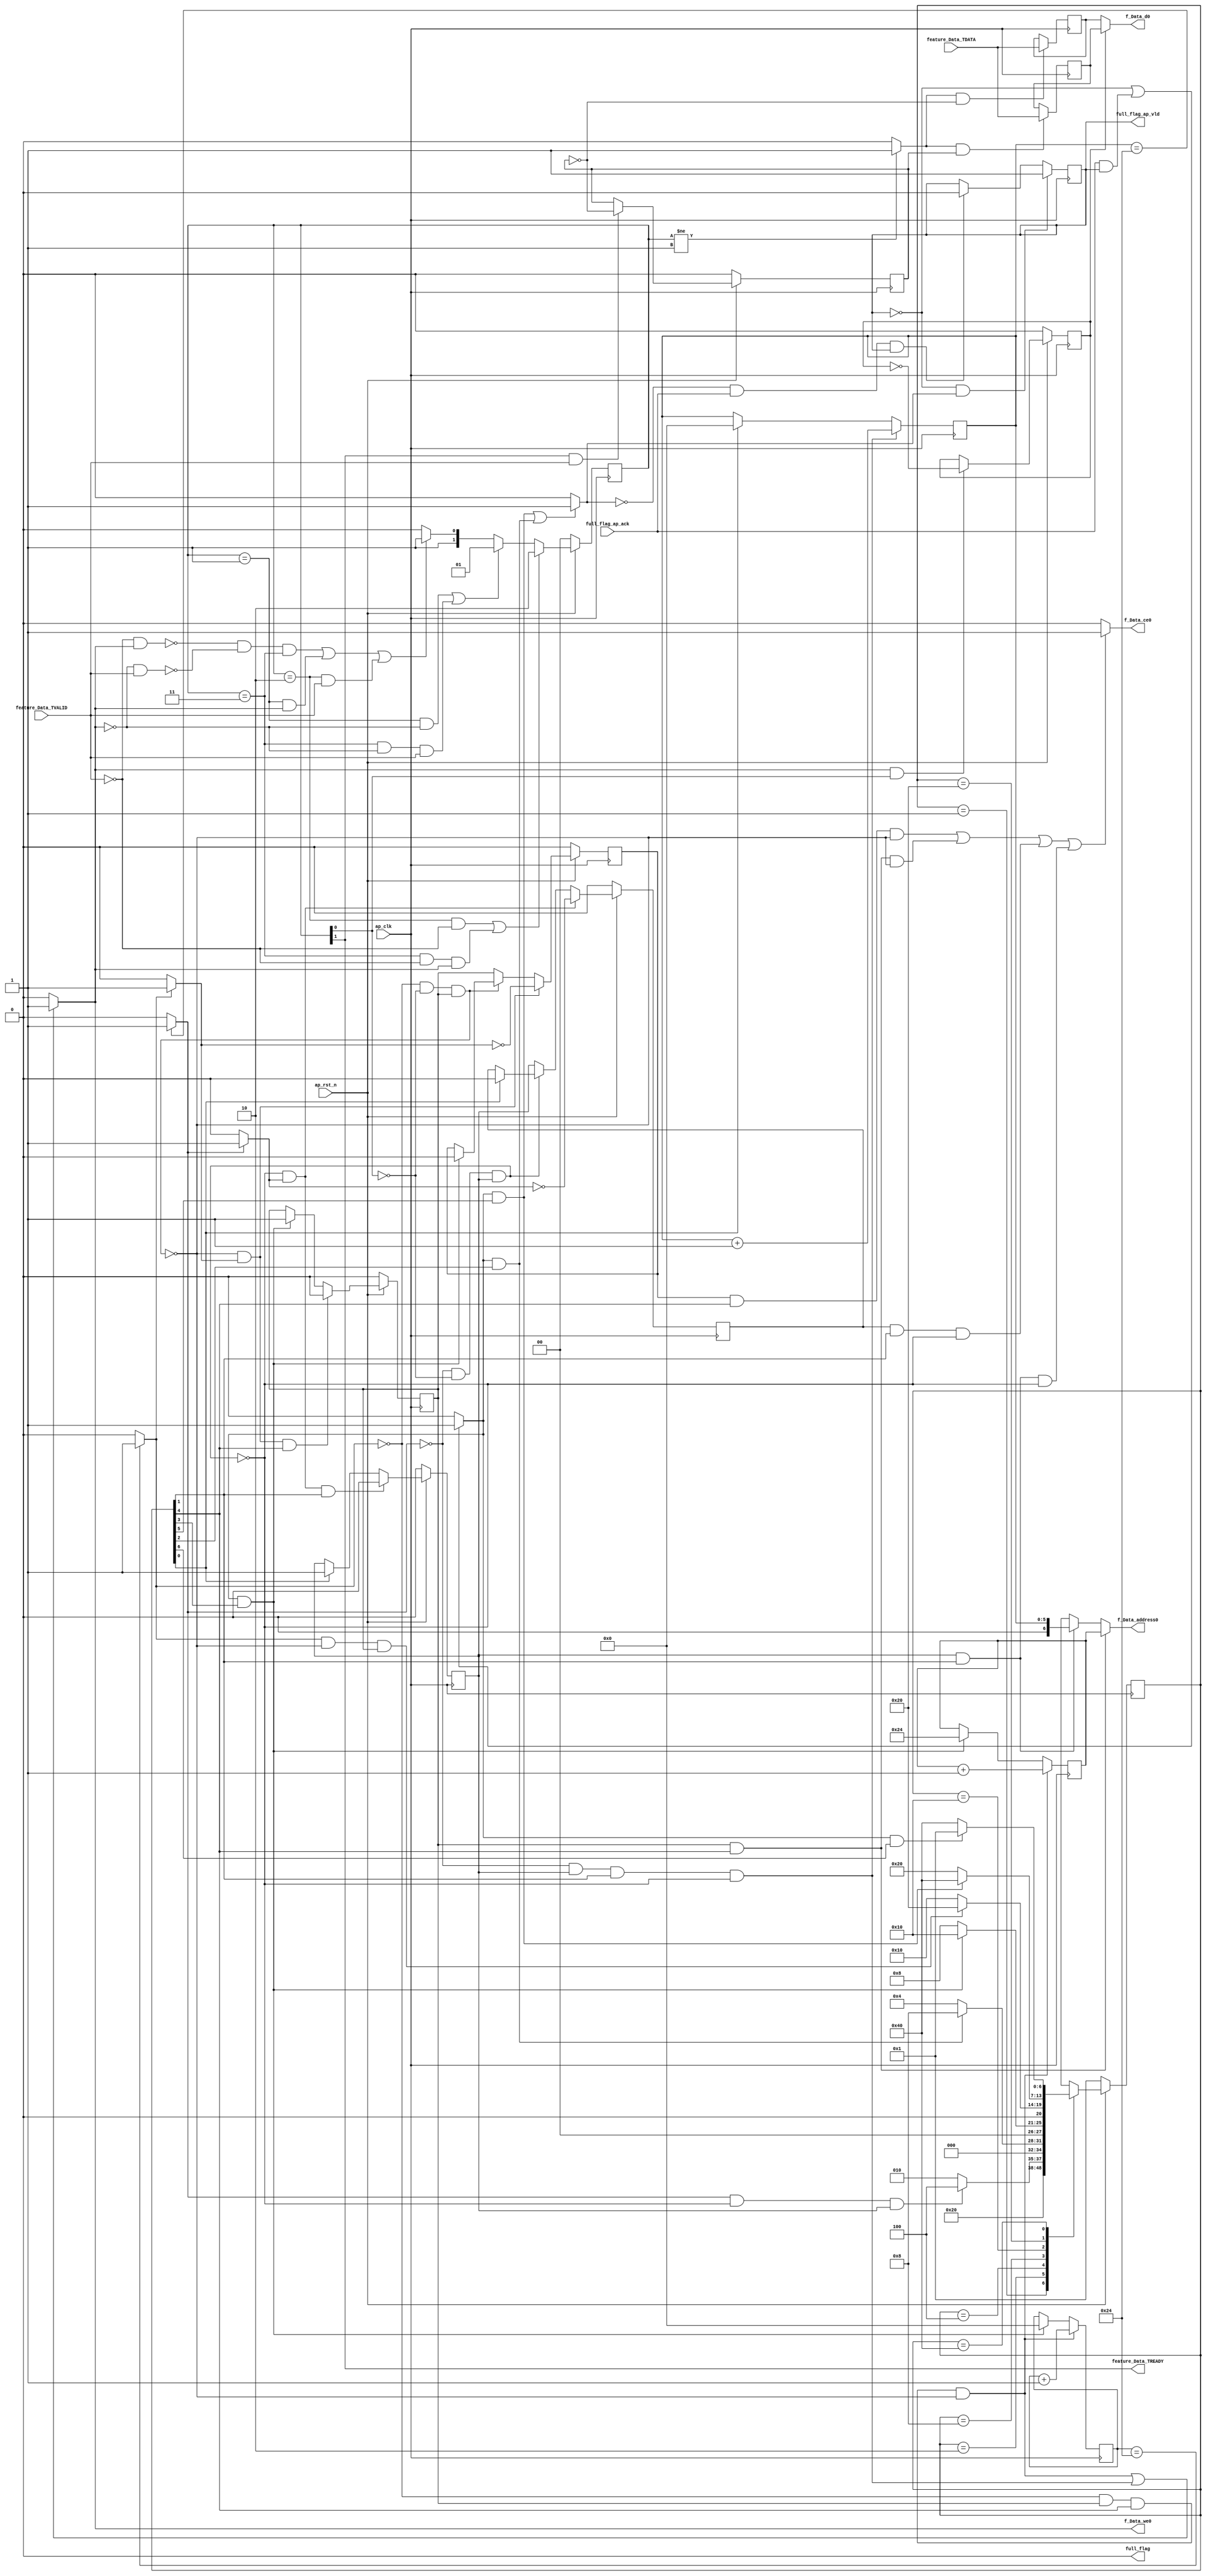
// ==============================================================
// RTL generated by Vivado(TM) HLS - High-Level Synthesis from C, C++ and SystemC
// Version: 2018.3
// Copyright (C) 1986-2018 Xilinx, Inc. All Rights Reserved.
// 
// ===========================================================

`timescale 1 ns / 1 ps 

(* CORE_GENERATION_INFO="Layer3_WriteBRAM,hls_ip_2018_3,{HLS_INPUT_TYPE=cxx,HLS_INPUT_FLOAT=0,HLS_INPUT_FIXED=0,HLS_INPUT_PART=xazu3eg-sfvc784-1-i,HLS_INPUT_CLOCK=10.000000,HLS_INPUT_ARCH=others,HLS_SYN_CLOCK=1.352000,HLS_SYN_LAT=78,HLS_SYN_TPT=none,HLS_SYN_MEM=0,HLS_SYN_DSP=0,HLS_SYN_FF=291,HLS_SYN_LUT=320,HLS_VERSION=2018_3}" *)

module Layer3_WriteBRAM (
        ap_clk,
        ap_rst_n,
        feature_Data_TDATA,
        feature_Data_TVALID,
        feature_Data_TREADY,
        f_Data_address0,
        f_Data_ce0,
        f_Data_we0,
        f_Data_d0,
        full_flag,
        full_flag_ap_vld,
        full_flag_ap_ack
);

parameter    ap_ST_fsm_state1 = 7'd1;
parameter    ap_ST_fsm_pp0_stage0 = 7'd2;
parameter    ap_ST_fsm_state4 = 7'd4;
parameter    ap_ST_fsm_state5 = 7'd8;
parameter    ap_ST_fsm_pp1_stage0 = 7'd16;
parameter    ap_ST_fsm_state8 = 7'd32;
parameter    ap_ST_fsm_state9 = 7'd64;

input   ap_clk;
input   ap_rst_n;
input  [127:0] feature_Data_TDATA;
input   feature_Data_TVALID;
output   feature_Data_TREADY;
output  [6:0] f_Data_address0;
output   f_Data_ce0;
output   f_Data_we0;
output  [127:0] f_Data_d0;
output   full_flag;
output   full_flag_ap_vld;
input   full_flag_ap_ack;

reg[6:0] f_Data_address0;
reg f_Data_ce0;
reg f_Data_we0;

 reg    ap_rst_n_inv;
reg   [127:0] feature_Data_0_data_out;
wire    feature_Data_0_vld_in;
wire    feature_Data_0_vld_out;
wire    feature_Data_0_ack_in;
reg    feature_Data_0_ack_out;
reg   [127:0] feature_Data_0_payload_A;
reg   [127:0] feature_Data_0_payload_B;
reg    feature_Data_0_sel_rd;
reg    feature_Data_0_sel_wr;
wire    feature_Data_0_sel;
wire    feature_Data_0_load_A;
wire    feature_Data_0_load_B;
reg   [1:0] feature_Data_0_state;
wire    feature_Data_0_state_cmp_full;
reg    full_flag_1_data_reg;
reg    full_flag_1_vld_reg;
reg    full_flag_1_vld_in;
reg    full_flag_1_ack_in;
wire    full_flag_1_ack_out;
reg    feature_Data_TDATA_blk_n;
(* fsm_encoding = "none" *) reg   [6:0] ap_CS_fsm;
wire    ap_CS_fsm_pp0_stage0;
reg    ap_enable_reg_pp0_iter0;
wire    ap_block_pp0_stage0;
wire   [0:0] exitcond5_fu_142_p2;
wire    ap_CS_fsm_pp1_stage0;
reg    ap_enable_reg_pp1_iter0;
wire    ap_block_pp1_stage0;
wire   [0:0] exitcond3_fu_159_p2;
reg    full_flag_blk_n;
wire    ap_CS_fsm_state4;
wire    ap_CS_fsm_state5;
wire    ap_CS_fsm_state8;
wire    ap_CS_fsm_state9;
reg   [5:0] i_reg_104;
reg   [6:0] i1_reg_115;
reg   [5:0] p_1_rec_reg_126;
reg    ap_block_state2_pp0_stage0_iter0;
wire    ap_block_state3_pp0_stage0_iter1;
reg    ap_block_pp0_stage0_11001;
reg    ap_block_state6_pp1_stage0_iter0;
wire    ap_block_state7_pp1_stage0_iter1;
reg    ap_block_pp1_stage0_11001;
wire   [5:0] i_1_fu_148_p2;
wire   [5:0] p_rec_fu_165_p2;
wire   [6:0] i_2_fu_176_p2;
wire    ap_CS_fsm_state1;
reg    ap_block_pp0_stage0_subdone;
reg    ap_condition_pp0_exit_iter0_state2;
reg    ap_enable_reg_pp0_iter1;
reg    ap_block_pp1_stage0_subdone;
reg    ap_condition_pp1_exit_iter0_state6;
reg    ap_enable_reg_pp1_iter1;
wire   [63:0] p_0_rec_cast_fu_154_p1;
wire   [63:0] tmp_2_fu_171_p1;
reg   [6:0] ap_NS_fsm;
reg    ap_idle_pp0;
wire    ap_enable_pp0;
reg    ap_idle_pp1;
wire    ap_enable_pp1;

// power-on initialization
initial begin
#0 feature_Data_0_sel_rd = 1'b0;
#0 feature_Data_0_sel_wr = 1'b0;
#0 feature_Data_0_state = 2'd0;
#0 full_flag_1_data_reg = 1'b0;
#0 full_flag_1_vld_reg = 1'b0;
#0 ap_CS_fsm = 7'd1;
#0 ap_enable_reg_pp0_iter0 = 1'b0;
#0 ap_enable_reg_pp1_iter0 = 1'b0;
#0 ap_enable_reg_pp0_iter1 = 1'b0;
#0 ap_enable_reg_pp1_iter1 = 1'b0;
end

always @ (posedge ap_clk) begin
    if (ap_rst_n_inv == 1'b1) begin
        ap_CS_fsm <= ap_ST_fsm_state1;
    end else begin
        ap_CS_fsm <= ap_NS_fsm;
    end
end

always @ (posedge ap_clk) begin
    if (ap_rst_n_inv == 1'b1) begin
        ap_enable_reg_pp0_iter0 <= 1'b0;
    end else begin
        if (((1'b0 == ap_block_pp0_stage0_subdone) & (1'b1 == ap_condition_pp0_exit_iter0_state2) & (1'b1 == ap_CS_fsm_pp0_stage0))) begin
            ap_enable_reg_pp0_iter0 <= 1'b0;
        end else if ((1'b1 == ap_CS_fsm_state1)) begin
            ap_enable_reg_pp0_iter0 <= 1'b1;
        end
    end
end

always @ (posedge ap_clk) begin
    if (ap_rst_n_inv == 1'b1) begin
        ap_enable_reg_pp0_iter1 <= 1'b0;
    end else begin
        if (((1'b0 == ap_block_pp0_stage0_subdone) & (1'b1 == ap_condition_pp0_exit_iter0_state2))) begin
            ap_enable_reg_pp0_iter1 <= (1'b1 ^ ap_condition_pp0_exit_iter0_state2);
        end else if ((1'b0 == ap_block_pp0_stage0_subdone)) begin
            ap_enable_reg_pp0_iter1 <= ap_enable_reg_pp0_iter0;
        end else if ((1'b1 == ap_CS_fsm_state1)) begin
            ap_enable_reg_pp0_iter1 <= 1'b0;
        end
    end
end

always @ (posedge ap_clk) begin
    if (ap_rst_n_inv == 1'b1) begin
        ap_enable_reg_pp1_iter0 <= 1'b0;
    end else begin
        if (((1'b0 == ap_block_pp1_stage0_subdone) & (1'b1 == ap_condition_pp1_exit_iter0_state6) & (1'b1 == ap_CS_fsm_pp1_stage0))) begin
            ap_enable_reg_pp1_iter0 <= 1'b0;
        end else if (((full_flag_1_ack_in == 1'b1) & (1'b1 == ap_CS_fsm_state5))) begin
            ap_enable_reg_pp1_iter0 <= 1'b1;
        end
    end
end

always @ (posedge ap_clk) begin
    if (ap_rst_n_inv == 1'b1) begin
        ap_enable_reg_pp1_iter1 <= 1'b0;
    end else begin
        if (((1'b0 == ap_block_pp1_stage0_subdone) & (1'b1 == ap_condition_pp1_exit_iter0_state6))) begin
            ap_enable_reg_pp1_iter1 <= (1'b1 ^ ap_condition_pp1_exit_iter0_state6);
        end else if ((1'b0 == ap_block_pp1_stage0_subdone)) begin
            ap_enable_reg_pp1_iter1 <= ap_enable_reg_pp1_iter0;
        end else if (((full_flag_1_ack_in == 1'b1) & (1'b1 == ap_CS_fsm_state5))) begin
            ap_enable_reg_pp1_iter1 <= 1'b0;
        end
    end
end

always @ (posedge ap_clk) begin
    if (ap_rst_n_inv == 1'b1) begin
        feature_Data_0_sel_rd <= 1'b0;
    end else begin
        if (((feature_Data_0_ack_out == 1'b1) & (feature_Data_0_vld_out == 1'b1))) begin
            feature_Data_0_sel_rd <= ~feature_Data_0_sel_rd;
        end
    end
end

always @ (posedge ap_clk) begin
    if (ap_rst_n_inv == 1'b1) begin
        feature_Data_0_sel_wr <= 1'b0;
    end else begin
        if (((feature_Data_0_ack_in == 1'b1) & (feature_Data_0_vld_in == 1'b1))) begin
            feature_Data_0_sel_wr <= ~feature_Data_0_sel_wr;
        end
    end
end

always @ (posedge ap_clk) begin
    if (ap_rst_n_inv == 1'b1) begin
        feature_Data_0_state <= 2'd0;
    end else begin
        if ((((feature_Data_0_state == 2'd2) & (feature_Data_0_vld_in == 1'b0)) | ((feature_Data_0_state == 2'd3) & (feature_Data_0_vld_in == 1'b0) & (feature_Data_0_ack_out == 1'b1)))) begin
            feature_Data_0_state <= 2'd2;
        end else if ((((feature_Data_0_state == 2'd1) & (feature_Data_0_ack_out == 1'b0)) | ((feature_Data_0_state == 2'd3) & (feature_Data_0_ack_out == 1'b0) & (feature_Data_0_vld_in == 1'b1)))) begin
            feature_Data_0_state <= 2'd1;
        end else if (((~((feature_Data_0_vld_in == 1'b0) & (feature_Data_0_ack_out == 1'b1)) & ~((feature_Data_0_ack_out == 1'b0) & (feature_Data_0_vld_in == 1'b1)) & (feature_Data_0_state == 2'd3)) | ((feature_Data_0_state == 2'd1) & (feature_Data_0_ack_out == 1'b1)) | ((feature_Data_0_state == 2'd2) & (feature_Data_0_vld_in == 1'b1)))) begin
            feature_Data_0_state <= 2'd3;
        end else begin
            feature_Data_0_state <= 2'd2;
        end
    end
end

always @ (posedge ap_clk) begin
    if (((full_flag_1_vld_reg == 1'b0) & (full_flag_1_vld_in == 1'b1))) begin
        full_flag_1_vld_reg <= 1'b1;
    end else if (((full_flag_1_vld_in == 1'b0) & (full_flag_1_ack_out == 1'b1) & (full_flag_1_vld_reg == 1'b1))) begin
        full_flag_1_vld_reg <= 1'b0;
    end
end

always @ (posedge ap_clk) begin
    if (((exitcond3_fu_159_p2 == 1'd0) & (ap_enable_reg_pp1_iter0 == 1'b1) & (1'b1 == ap_CS_fsm_pp1_stage0) & (1'b0 == ap_block_pp1_stage0_11001))) begin
        i1_reg_115 <= i_2_fu_176_p2;
    end else if (((full_flag_1_ack_in == 1'b1) & (1'b1 == ap_CS_fsm_state5))) begin
        i1_reg_115 <= 7'd36;
    end
end

always @ (posedge ap_clk) begin
    if (((exitcond5_fu_142_p2 == 1'd0) & (ap_enable_reg_pp0_iter0 == 1'b1) & (1'b1 == ap_CS_fsm_pp0_stage0) & (1'b0 == ap_block_pp0_stage0_11001))) begin
        i_reg_104 <= i_1_fu_148_p2;
    end else if ((1'b1 == ap_CS_fsm_state1)) begin
        i_reg_104 <= 6'd0;
    end
end

always @ (posedge ap_clk) begin
    if (((exitcond3_fu_159_p2 == 1'd0) & (ap_enable_reg_pp1_iter0 == 1'b1) & (1'b1 == ap_CS_fsm_pp1_stage0) & (1'b0 == ap_block_pp1_stage0_11001))) begin
        p_1_rec_reg_126 <= p_rec_fu_165_p2;
    end else if (((full_flag_1_ack_in == 1'b1) & (1'b1 == ap_CS_fsm_state5))) begin
        p_1_rec_reg_126 <= 6'd0;
    end
end

always @ (posedge ap_clk) begin
    if ((feature_Data_0_load_A == 1'b1)) begin
        feature_Data_0_payload_A <= feature_Data_TDATA;
    end
end

always @ (posedge ap_clk) begin
    if ((feature_Data_0_load_B == 1'b1)) begin
        feature_Data_0_payload_B <= feature_Data_TDATA;
    end
end

always @ (*) begin
    if ((exitcond5_fu_142_p2 == 1'd1)) begin
        ap_condition_pp0_exit_iter0_state2 = 1'b1;
    end else begin
        ap_condition_pp0_exit_iter0_state2 = 1'b0;
    end
end

always @ (*) begin
    if ((exitcond3_fu_159_p2 == 1'd1)) begin
        ap_condition_pp1_exit_iter0_state6 = 1'b1;
    end else begin
        ap_condition_pp1_exit_iter0_state6 = 1'b0;
    end
end

always @ (*) begin
    if (((ap_enable_reg_pp0_iter1 == 1'b0) & (ap_enable_reg_pp0_iter0 == 1'b0))) begin
        ap_idle_pp0 = 1'b1;
    end else begin
        ap_idle_pp0 = 1'b0;
    end
end

always @ (*) begin
    if (((ap_enable_reg_pp1_iter1 == 1'b0) & (ap_enable_reg_pp1_iter0 == 1'b0))) begin
        ap_idle_pp1 = 1'b1;
    end else begin
        ap_idle_pp1 = 1'b0;
    end
end

always @ (*) begin
    if (((ap_enable_reg_pp1_iter0 == 1'b1) & (1'b1 == ap_CS_fsm_pp1_stage0) & (1'b0 == ap_block_pp1_stage0))) begin
        f_Data_address0 = tmp_2_fu_171_p1;
    end else if (((ap_enable_reg_pp0_iter0 == 1'b1) & (1'b1 == ap_CS_fsm_pp0_stage0) & (1'b0 == ap_block_pp0_stage0))) begin
        f_Data_address0 = p_0_rec_cast_fu_154_p1;
    end else begin
        f_Data_address0 = 'bx;
    end
end

always @ (*) begin
    if ((((ap_enable_reg_pp1_iter1 == 1'b1) & (1'b1 == ap_CS_fsm_pp1_stage0) & (1'b0 == ap_block_pp1_stage0_11001)) | ((ap_enable_reg_pp1_iter0 == 1'b1) & (1'b1 == ap_CS_fsm_pp1_stage0) & (1'b0 == ap_block_pp1_stage0_11001)) | ((ap_enable_reg_pp0_iter1 == 1'b1) & (1'b1 == ap_CS_fsm_pp0_stage0) & (1'b0 == ap_block_pp0_stage0_11001)) | ((ap_enable_reg_pp0_iter0 == 1'b1) & (1'b1 == ap_CS_fsm_pp0_stage0) & (1'b0 == ap_block_pp0_stage0_11001)))) begin
        f_Data_ce0 = 1'b1;
    end else begin
        f_Data_ce0 = 1'b0;
    end
end

always @ (*) begin
    if ((((exitcond3_fu_159_p2 == 1'd0) & (ap_enable_reg_pp1_iter0 == 1'b1) & (1'b1 == ap_CS_fsm_pp1_stage0) & (1'b0 == ap_block_pp1_stage0_11001)) | ((exitcond5_fu_142_p2 == 1'd0) & (ap_enable_reg_pp0_iter0 == 1'b1) & (1'b1 == ap_CS_fsm_pp0_stage0) & (1'b0 == ap_block_pp0_stage0_11001)))) begin
        f_Data_we0 = 1'b1;
    end else begin
        f_Data_we0 = 1'b0;
    end
end

always @ (*) begin
    if ((((exitcond3_fu_159_p2 == 1'd0) & (ap_enable_reg_pp1_iter0 == 1'b1) & (1'b1 == ap_CS_fsm_pp1_stage0) & (1'b0 == ap_block_pp1_stage0_11001)) | ((exitcond5_fu_142_p2 == 1'd0) & (ap_enable_reg_pp0_iter0 == 1'b1) & (1'b1 == ap_CS_fsm_pp0_stage0) & (1'b0 == ap_block_pp0_stage0_11001)))) begin
        feature_Data_0_ack_out = 1'b1;
    end else begin
        feature_Data_0_ack_out = 1'b0;
    end
end

always @ (*) begin
    if ((feature_Data_0_sel == 1'b1)) begin
        feature_Data_0_data_out = feature_Data_0_payload_B;
    end else begin
        feature_Data_0_data_out = feature_Data_0_payload_A;
    end
end

always @ (*) begin
    if ((((exitcond3_fu_159_p2 == 1'd0) & (ap_enable_reg_pp1_iter0 == 1'b1) & (1'b1 == ap_CS_fsm_pp1_stage0) & (1'b0 == ap_block_pp1_stage0)) | ((exitcond5_fu_142_p2 == 1'd0) & (ap_enable_reg_pp0_iter0 == 1'b1) & (1'b1 == ap_CS_fsm_pp0_stage0) & (1'b0 == ap_block_pp0_stage0)))) begin
        feature_Data_TDATA_blk_n = feature_Data_0_state[1'd0];
    end else begin
        feature_Data_TDATA_blk_n = 1'b1;
    end
end

always @ (*) begin
    if (((full_flag_1_vld_reg == 1'b0) | ((full_flag_1_ack_out == 1'b1) & (full_flag_1_vld_reg == 1'b1)))) begin
        full_flag_1_ack_in = 1'b1;
    end else begin
        full_flag_1_ack_in = 1'b0;
    end
end

always @ (*) begin
    if ((((full_flag_1_ack_in == 1'b1) & (1'b1 == ap_CS_fsm_state8)) | ((full_flag_1_ack_in == 1'b1) & (1'b1 == ap_CS_fsm_state4)))) begin
        full_flag_1_vld_in = 1'b1;
    end else begin
        full_flag_1_vld_in = 1'b0;
    end
end

always @ (*) begin
    if (((1'b1 == ap_CS_fsm_state9) | (1'b1 == ap_CS_fsm_state8) | (1'b1 == ap_CS_fsm_state5) | (1'b1 == ap_CS_fsm_state4))) begin
        full_flag_blk_n = full_flag_1_ack_in;
    end else begin
        full_flag_blk_n = 1'b1;
    end
end

always @ (*) begin
    case (ap_CS_fsm)
        ap_ST_fsm_state1 : begin
            ap_NS_fsm = ap_ST_fsm_pp0_stage0;
        end
        ap_ST_fsm_pp0_stage0 : begin
            if (~((exitcond5_fu_142_p2 == 1'd1) & (1'b0 == ap_block_pp0_stage0_subdone) & (ap_enable_reg_pp0_iter0 == 1'b1))) begin
                ap_NS_fsm = ap_ST_fsm_pp0_stage0;
            end else if (((exitcond5_fu_142_p2 == 1'd1) & (1'b0 == ap_block_pp0_stage0_subdone) & (ap_enable_reg_pp0_iter0 == 1'b1))) begin
                ap_NS_fsm = ap_ST_fsm_state4;
            end else begin
                ap_NS_fsm = ap_ST_fsm_pp0_stage0;
            end
        end
        ap_ST_fsm_state4 : begin
            if (((full_flag_1_ack_in == 1'b1) & (1'b1 == ap_CS_fsm_state4))) begin
                ap_NS_fsm = ap_ST_fsm_state5;
            end else begin
                ap_NS_fsm = ap_ST_fsm_state4;
            end
        end
        ap_ST_fsm_state5 : begin
            if (((full_flag_1_ack_in == 1'b1) & (1'b1 == ap_CS_fsm_state5))) begin
                ap_NS_fsm = ap_ST_fsm_pp1_stage0;
            end else begin
                ap_NS_fsm = ap_ST_fsm_state5;
            end
        end
        ap_ST_fsm_pp1_stage0 : begin
            if (~((exitcond3_fu_159_p2 == 1'd1) & (1'b0 == ap_block_pp1_stage0_subdone) & (ap_enable_reg_pp1_iter0 == 1'b1))) begin
                ap_NS_fsm = ap_ST_fsm_pp1_stage0;
            end else if (((exitcond3_fu_159_p2 == 1'd1) & (1'b0 == ap_block_pp1_stage0_subdone) & (ap_enable_reg_pp1_iter0 == 1'b1))) begin
                ap_NS_fsm = ap_ST_fsm_state8;
            end else begin
                ap_NS_fsm = ap_ST_fsm_pp1_stage0;
            end
        end
        ap_ST_fsm_state8 : begin
            if (((full_flag_1_ack_in == 1'b1) & (1'b1 == ap_CS_fsm_state8))) begin
                ap_NS_fsm = ap_ST_fsm_state9;
            end else begin
                ap_NS_fsm = ap_ST_fsm_state8;
            end
        end
        ap_ST_fsm_state9 : begin
            if (((full_flag_1_ack_in == 1'b1) & (1'b1 == ap_CS_fsm_state9))) begin
                ap_NS_fsm = ap_ST_fsm_state1;
            end else begin
                ap_NS_fsm = ap_ST_fsm_state9;
            end
        end
        default : begin
            ap_NS_fsm = 'bx;
        end
    endcase
end

assign ap_CS_fsm_pp0_stage0 = ap_CS_fsm[32'd1];

assign ap_CS_fsm_pp1_stage0 = ap_CS_fsm[32'd4];

assign ap_CS_fsm_state1 = ap_CS_fsm[32'd0];

assign ap_CS_fsm_state4 = ap_CS_fsm[32'd2];

assign ap_CS_fsm_state5 = ap_CS_fsm[32'd3];

assign ap_CS_fsm_state8 = ap_CS_fsm[32'd5];

assign ap_CS_fsm_state9 = ap_CS_fsm[32'd6];

assign ap_block_pp0_stage0 = ~(1'b1 == 1'b1);

always @ (*) begin
    ap_block_pp0_stage0_11001 = ((exitcond5_fu_142_p2 == 1'd0) & (feature_Data_0_vld_out == 1'b0) & (ap_enable_reg_pp0_iter0 == 1'b1));
end

always @ (*) begin
    ap_block_pp0_stage0_subdone = ((exitcond5_fu_142_p2 == 1'd0) & (feature_Data_0_vld_out == 1'b0) & (ap_enable_reg_pp0_iter0 == 1'b1));
end

assign ap_block_pp1_stage0 = ~(1'b1 == 1'b1);

always @ (*) begin
    ap_block_pp1_stage0_11001 = ((exitcond3_fu_159_p2 == 1'd0) & (feature_Data_0_vld_out == 1'b0) & (ap_enable_reg_pp1_iter0 == 1'b1));
end

always @ (*) begin
    ap_block_pp1_stage0_subdone = ((exitcond3_fu_159_p2 == 1'd0) & (feature_Data_0_vld_out == 1'b0) & (ap_enable_reg_pp1_iter0 == 1'b1));
end

always @ (*) begin
    ap_block_state2_pp0_stage0_iter0 = ((exitcond5_fu_142_p2 == 1'd0) & (feature_Data_0_vld_out == 1'b0));
end

assign ap_block_state3_pp0_stage0_iter1 = ~(1'b1 == 1'b1);

always @ (*) begin
    ap_block_state6_pp1_stage0_iter0 = ((exitcond3_fu_159_p2 == 1'd0) & (feature_Data_0_vld_out == 1'b0));
end

assign ap_block_state7_pp1_stage0_iter1 = ~(1'b1 == 1'b1);

assign ap_enable_pp0 = (ap_idle_pp0 ^ 1'b1);

assign ap_enable_pp1 = (ap_idle_pp1 ^ 1'b1);

always @ (*) begin
    ap_rst_n_inv = ~ap_rst_n;
end

assign exitcond3_fu_159_p2 = ((p_1_rec_reg_126 == 6'd36) ? 1'b1 : 1'b0);

assign exitcond5_fu_142_p2 = ((i_reg_104 == 6'd36) ? 1'b1 : 1'b0);

assign f_Data_d0 = feature_Data_0_data_out;

assign feature_Data_0_ack_in = feature_Data_0_state[1'd1];

assign feature_Data_0_load_A = (feature_Data_0_state_cmp_full & ~feature_Data_0_sel_wr);

assign feature_Data_0_load_B = (feature_Data_0_state_cmp_full & feature_Data_0_sel_wr);

assign feature_Data_0_sel = feature_Data_0_sel_rd;

assign feature_Data_0_state_cmp_full = ((feature_Data_0_state != 2'd1) ? 1'b1 : 1'b0);

assign feature_Data_0_vld_in = feature_Data_TVALID;

assign feature_Data_0_vld_out = feature_Data_0_state[1'd0];

assign feature_Data_TREADY = feature_Data_0_state[1'd1];

assign full_flag = full_flag_1_data_reg;

assign full_flag_1_ack_out = full_flag_ap_ack;

assign full_flag_ap_vld = full_flag_1_vld_reg;

assign i_1_fu_148_p2 = (i_reg_104 + 6'd1);

assign i_2_fu_176_p2 = (i1_reg_115 + 7'd1);

assign p_0_rec_cast_fu_154_p1 = i_reg_104;

assign p_rec_fu_165_p2 = (p_1_rec_reg_126 + 6'd1);

assign tmp_2_fu_171_p1 = i1_reg_115;

always @ (posedge ap_clk) begin
    full_flag_1_data_reg <= 1'b0;
end

endmodule //Layer3_WriteBRAM